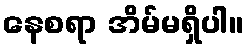
နေစရာ အိမ်မရှိပါ။